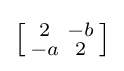
\left[{\begin{smallmatrix}2&-b\\-a&2\end{smallmatrix}}\right]